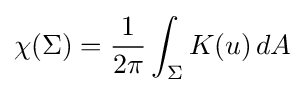
\chi (\Sigma )={\frac {1}{2\pi }}\int _{\Sigma }K(u)\,dA